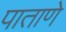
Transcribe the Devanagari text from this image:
पाताणे